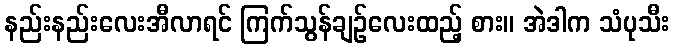
နည်းနည်းလေးအီလာရင် ကြက်သွန်ချဉ်လေးထည့် စား။ အဲဒါက သံပုသီး